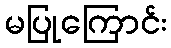
မပြုကြောင်း